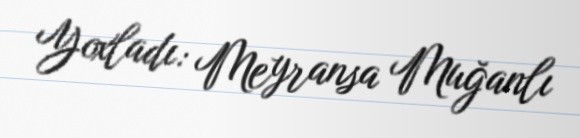
Yoxladı: Meyransa Muğanlı